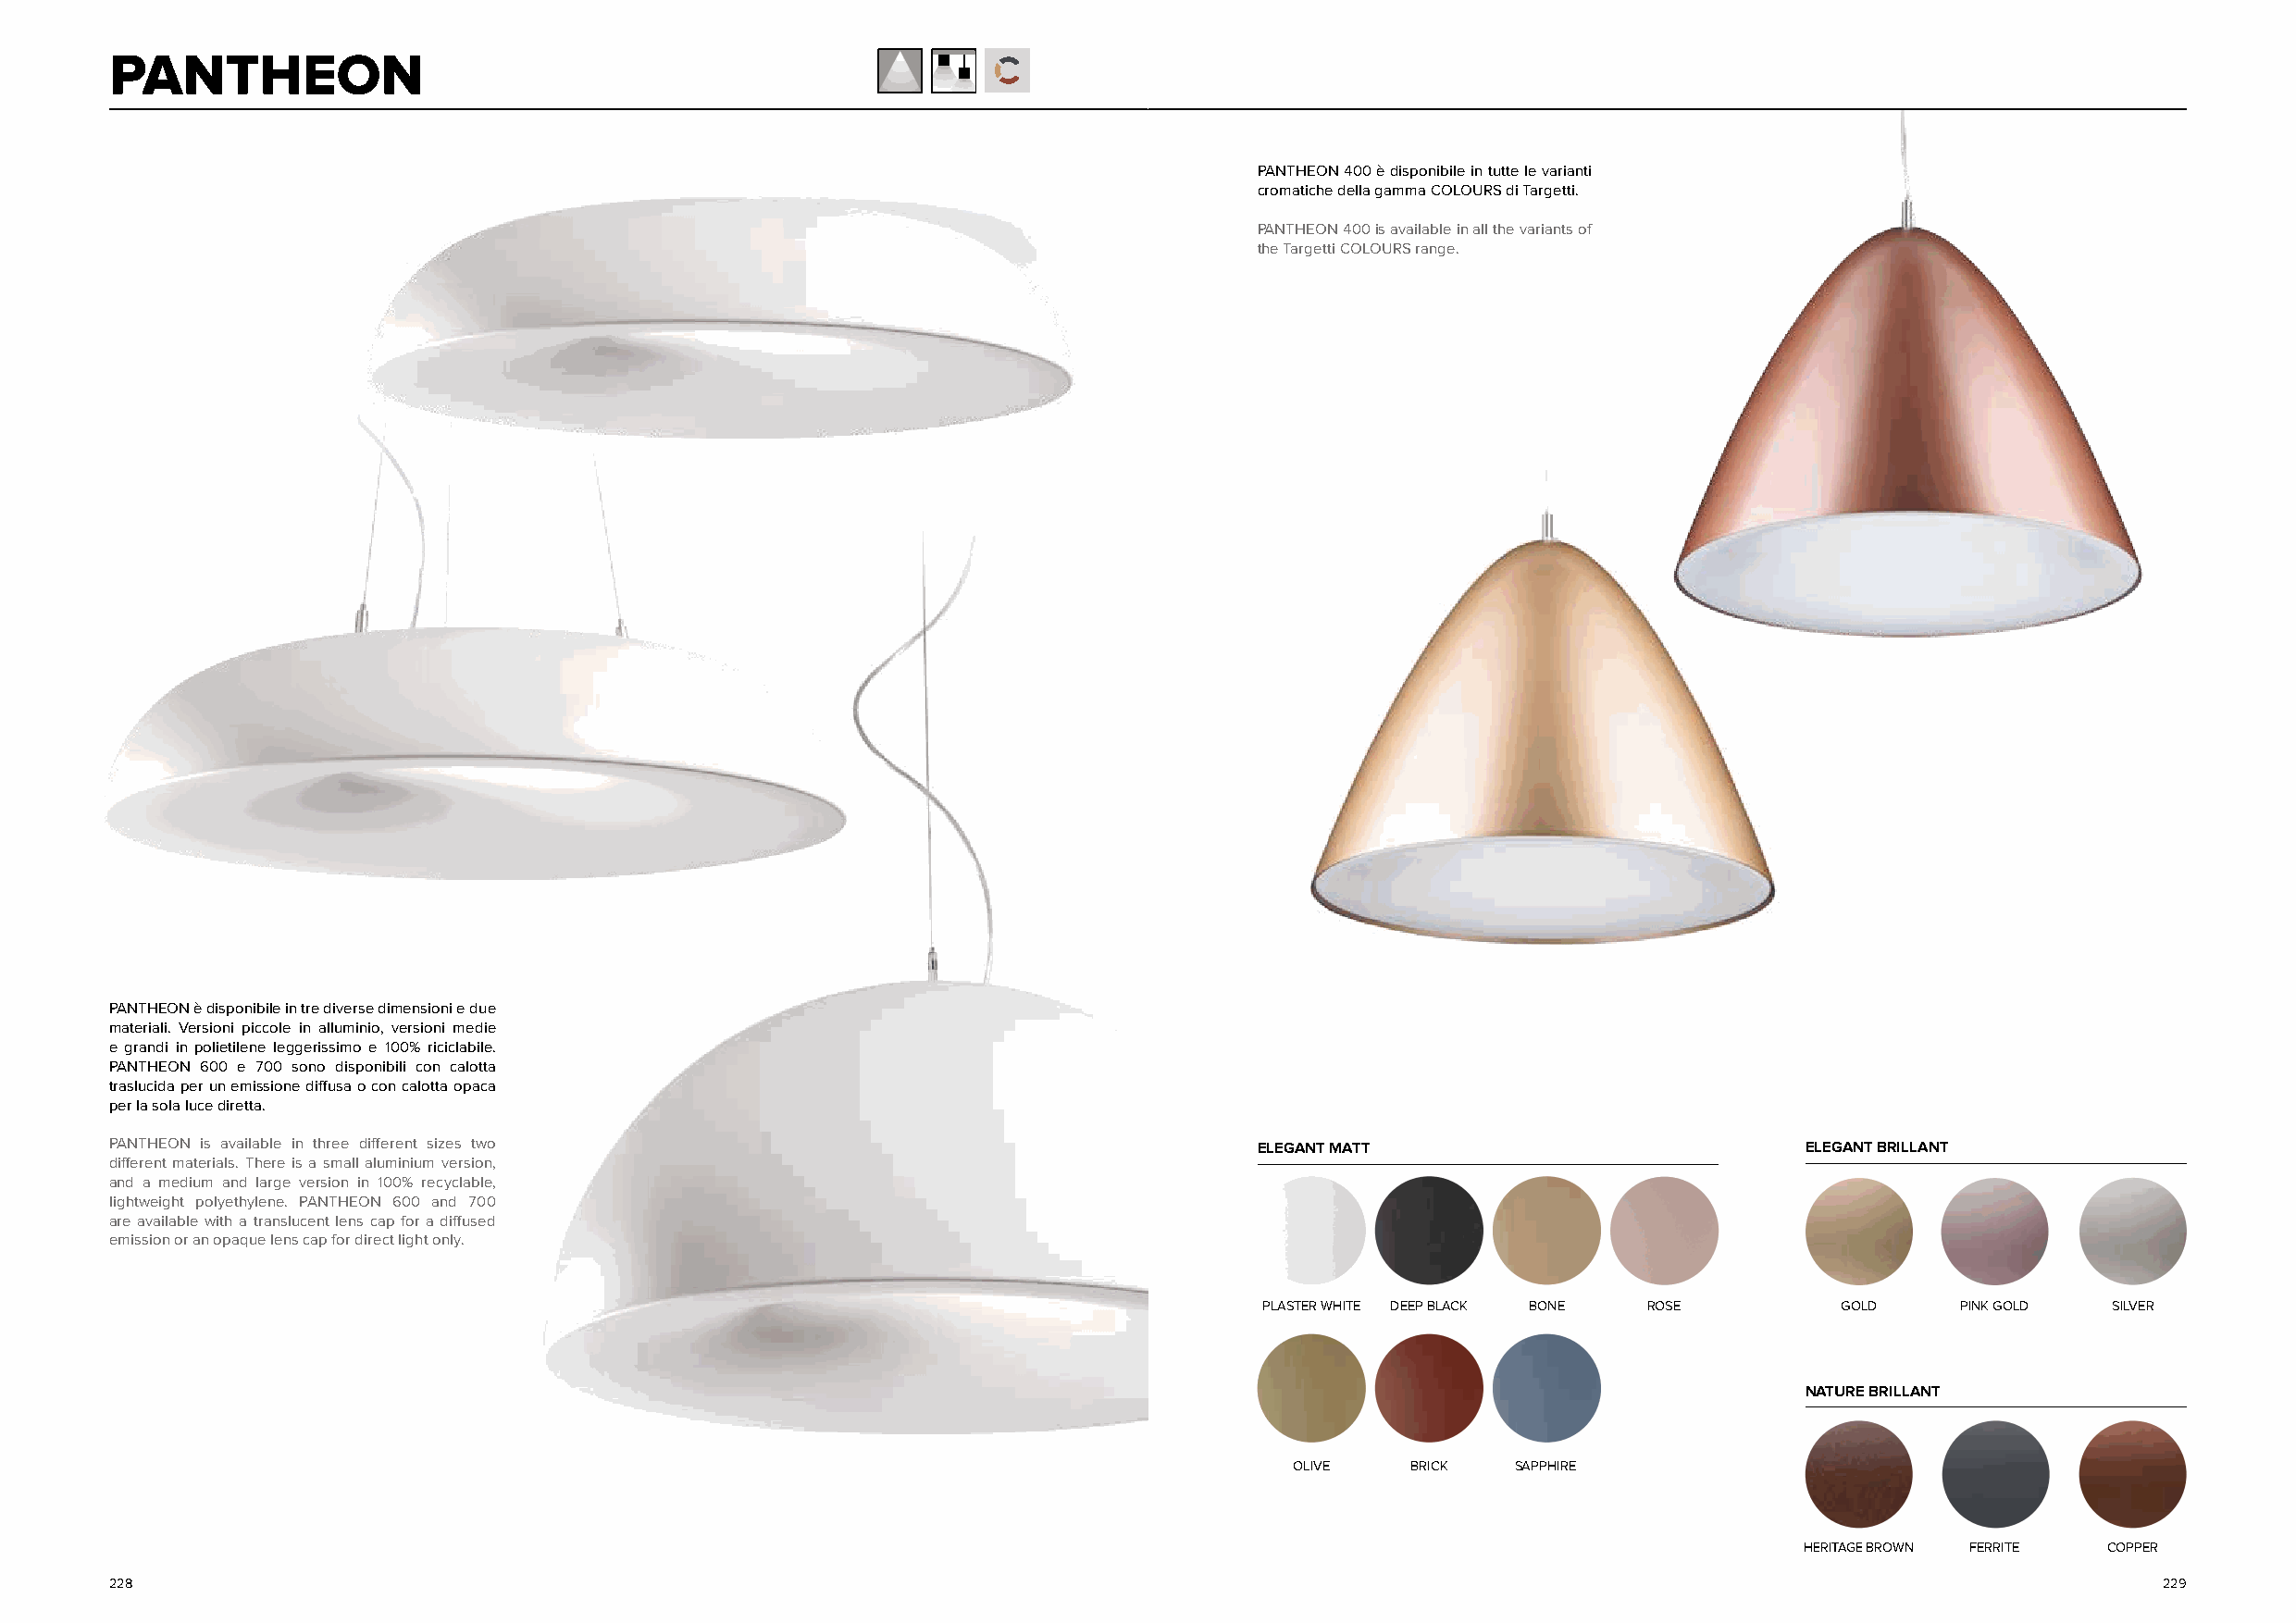
PANTHEON
 PANTHEON 400 è disponibile in tutte le varianti
 cromatiche della gamma COLOURS di Targetti.
 PANTHEON 400 is available in all the variants of
 the Targetti COLOURS range.
 PANTHEON è disponibile in tre diverse dimensioni e due
 materiali. Versioni piccole in alluminio, versioni medie
 e grandi in polietilene leggerissimo e 100% riciclabile.
 PANTHEON 600 e 700 sono disponibili con calotta
 traslucida per un emissione diffusa o con calotta opaca
 per la sola luce diretta.
 PANTHEON is available in three different sizes two                                ELEGANT MATT                           ELEGANT BRILLANT
 different materials. There is a small aluminium version,
 and a medium and large version in 100% recyclable,
 lightweight polyethylene. PANTHEON 600 and 700
 are available with a translucent lens cap for a diffused
 emission or an opaque lens cap for direct light only.
 PLASTER WHITE DEEP BLACK BONE ROSE        GOLD    PINK GOLD  SILVER
 NATURE BRILLANT
 OLIVE    BRICK  SAPPHIRE
 HERITAGE BROWN FERRITE COPPER
 228                                                                                                                                                229